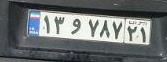
۱۳و۷۸۷۲۱